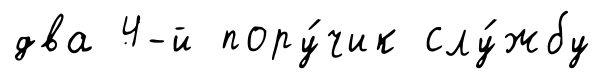
два 4-й пору́чик слу́жбу